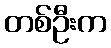
တစ်ဦးက